Report on vaccination in Madras 1895-1903 - 1895-1903
Year: 1895
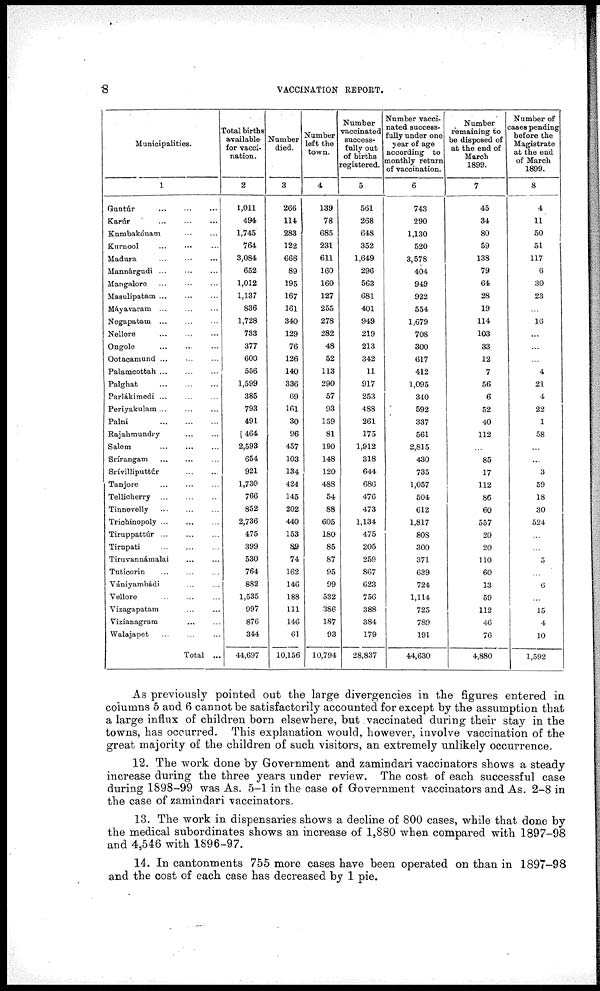
8
VACCINATION REPORT.
Municipalities.
1
Guntúr
...
...
...
Karúr
...
...
...
Kumbakónam
...
...
Kurnool ... ... ...
Madura ... ... ...
Mannargudi ... ... ...
Mangalore ... ... ...
Masulipatam ... ... ...
Mayavaram ... ... ...
Negapatam ... ... ...
Nellore
...
...
...
Ongole
...
...
...
Ootacamund
...
...
...
Palamcottah ... ... ...
Palghat ... ... ...
Parlákimedi
...
...
...
Periyakulam
...
...
...
Palni
...
...
...
Rajahmundry ... ...
Salem
...
...
...
Srirangam ... ... ...
Srivilliputtúr
...
...
Tanjore
...
...
...
Tellicherry
...
...
...
Tinnevelly
...
...
...
Trichinopoly
...
...
...
Tiruppattúr
...
...
...
Tirupati
...
...
...
Tiruvannámalai ... ...
Tuticorin
...
...
...
Vániyambádi
...
...
Vellore ... ... ...
Vizagapatam ... ...
Vizianagram ... ...
Walajapet ... ... ...
Total ...
Total births
available
for vacci-
nation.
2
1,011
494
1,745
764
3,084
652
1,012
1,137
836
1,728
733
377
600
556
1,599
385
793
491
464
2,593
654
921
1,730
766
852
2,736
475
399
530
764
882
1,535
997
876
344
44,697
Number
died.
3
266
114
283
122
666
89
195
167
161
340
129
76
126
140
336
69
161
30
96
457
103
134
424
145
202
440
153
89
74
162
146
188
111
146
61
10,156
Number
left the
town.
4
139
78
685
231
611
160
160
127
255
278
282
48
52
113
290
57
93
159
81
190
148
120
488
54
88
605
180
85
87
95
99
532
386
187
93
10,794
Number
vaccinated
success-
fully out
of births
registered.
5
561
268
648
352
1,649
296
563
681
401
949
219
213
342
11
917
253
488
261
175
1,912
318
644
686
476
473
1,134
475
205
259
867
623
756
388
384
179
28,837
Number vacci-
nated success-
fully under one
year of age
according to
monthly return
of vaccination.
6
743
290
1,130
520
3,578
404
949
922
554
1,679
708
300
617
412
1,095
340
592
337
561
2,815
430
735
1,057
504
612
1,817
808
300
371
639
724
1,114
725
789
191
44,630
Number
remaining to
be disposed of
at the end of
March
1899.
7
45
34
80
59
138
79
64
28
19
114
103
33
12
7
56
6
52
40
112
...
85
17
112
86
60
557
20
20
110
60
13
59
112
46
76
4,880
Number of
cases pending
before the
Magistrate
at the end
of March
1899.
8
4
11
50
51
117
6
30
23
...
16
...
...
...
4
21
4
22
1
58
...
...
3
59
18
30
524
...
...
5
...
6
...
15
4
10
1,592
As previously pointed out the large divergencies in the figures entered in
columns 5 and 6 cannot be satisfactorily accounted for except by the assumption that
a large influx of children born elsewhere, but vaccinated during their stay in the
towns, has occurred. This explanation would, however, involve vaccination of the
great majority of the children of such visitors, an extremely unlikely occurrence.
12. The work done by Government and zamindari vaccinators shows a steady
increase during the three years under review. The cost of each successful case
during 1898-99 was As. 5-1 in the case of Government vaccinators and As. 2-8 in
the case of zamindari vaccinators.
13. The work in dispensaries shows a decline of 800 cases, while that done by
the medical subordinates shows an increase of 1,880 when compared with 1897-98
and 4,546 with 1896-97.
14. In cantonments 755 more cases have been operated on than in 1897-98
and the cost of each case has decreased by 1 pie.